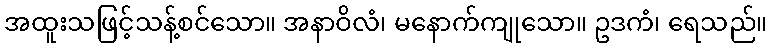
အထူးသဖြင့်သန့်စင်သော။ အနာဝိလံ၊ မနောက်ကျုသော။ ဥဒကံ၊ ရေသည်။